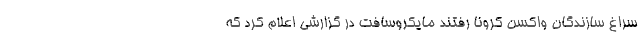
سراغ سازندگان واکسن کرونا رفتند مایکروسافت در گزارشی اعلام کرد که